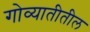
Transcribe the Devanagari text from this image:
गोव्यातीतील